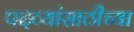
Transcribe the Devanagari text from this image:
पदव्यांसाठीच्या